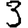
Digit: 3